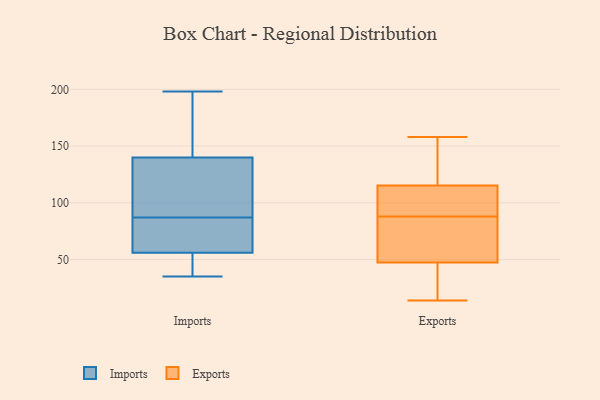
{"axis": {"x": "Operating Costs (USD K)", "y": "Value"}, "legend": ["Exports", "Imports"], "data": [{"x": "", "y": 119, "type": "Imports"}, {"x": "", "y": 78, "type": "Imports"}, {"x": "", "y": 35, "type": "Imports"}, {"x": "", "y": 49, "type": "Imports"}, {"x": "", "y": 56, "type": "Imports"}, {"x": "", "y": 159, "type": "Imports"}, {"x": "", "y": 93, "type": "Imports"}, {"x": "", "y": 140, "type": "Imports"}, {"x": "", "y": 81, "type": "Imports"}, {"x": "", "y": 198, "type": "Imports"}, {"x": "", "y": 88, "type": "Exports"}, {"x": "", "y": 111, "type": "Exports"}, {"x": "", "y": 116, "type": "Exports"}, {"x": "", "y": 113, "type": "Exports"}, {"x": "", "y": 60, "type": "Exports"}, {"x": "", "y": 158, "type": "Exports"}, {"x": "", "y": 14, "type": "Exports"}, {"x": "", "y": 146, "type": "Exports"}, {"x": "", "y": 55, "type": "Exports"}, {"x": "", "y": 45, "type": "Exports"}, {"x": "", "y": 30, "type": "Exports"}]}